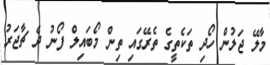
މާލޭ ޖަލުން ހޯދި ތަކެތީގެ ތެރޭގައި ތިން މޯބައިލް ފޯނު ދެ ޗާޖަރު